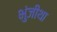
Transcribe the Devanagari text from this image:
भुंजीथा